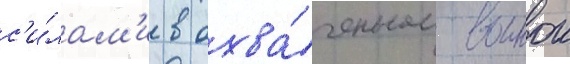
с'и́лам'и в охва́ченном воинои